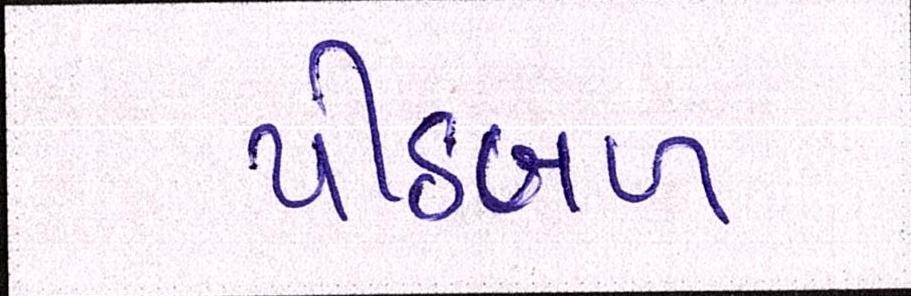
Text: પીઠબળ